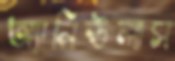
অ্যানিউলাস